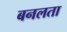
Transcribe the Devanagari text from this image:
बनलता